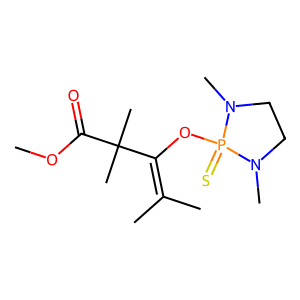
SMILES: COC(=O)C(C)(C)C(OP1(=S)N(C)CCN1C)=C(C)C
Inhibits HIV replication: No